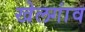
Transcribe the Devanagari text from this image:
खेलगांव